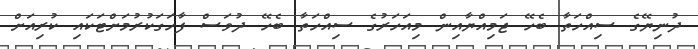
ދުނިޔޭގެ ސިއްހަތާ ބެހޭ ޖަމިއްޔާއިން މިއަހަރުގެ ސިއްހަތާ ބެހޭ ދުވަސް ފާހަގަކުރުމަށްޓަކައި ކުރިއަށް